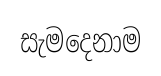
සැමදෙනාම